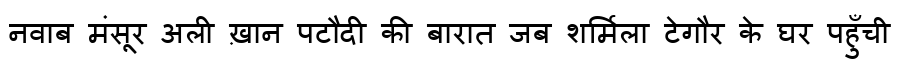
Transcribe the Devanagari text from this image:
नवाब मंसूर अली ख़ान पटौदी की बारात जब शर्मिला टेगौर के घर पहुँची